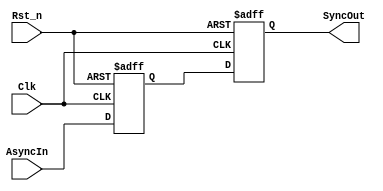
`timescale 1ns/1ps

module uar_synchro (
    Clk                  ,
    Rst_n                ,
    AsyncIn              ,
    SyncOut           
    );

input          Clk                 ; // Clock
input          Rst_n               ; // Reset

input          AsyncIn             ; // Asynchronous input
output         SyncOut             ; // Synchronous output

reg            reg1                ; // Synchro ff chain
reg            reg2                ; // Synchro ff chain
wire           SyncOut             ;

assign SyncOut = reg2; // End of synchro chain

// synchro register    
always @(posedge Clk or negedge Rst_n)
    if (!Rst_n) begin
        reg1 <= 1'b1;
        reg2 <= 1'b1;
    end else begin
        reg1 <= AsyncIn;
        reg2 <= reg1;
    end        


endmodule // uar_synchro